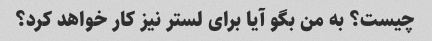
چیست؟ به من بگو آیا برای لستر نیز کار خواهد کرد؟